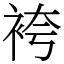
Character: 袴